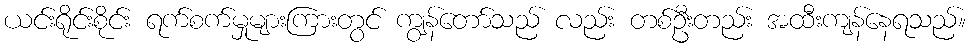
ယင်းရိုင်းစိုင်း ရက်စက်မှုများကြားတွင် ကျွန်တော်သည် လည်း တစ်ဦးတည်း အထီးကျန်နေရသည်။